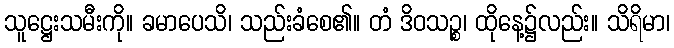
သူဋ္ဌေးသမီးကို။ ခမာပေသိ၊ သည်းခံစေ၏။ တံ ဒိဝသဉ္စ၊ ထိုနေ့၌လည်း။ သိရိမာ၊